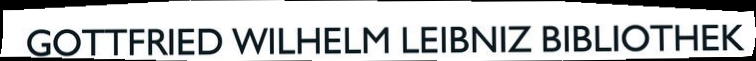
GOTTFRIED WILHELM LEIBNIZ BIBLIOTHEK